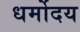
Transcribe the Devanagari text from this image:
धर्मोदय